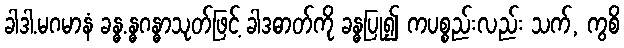
ခါဒါ.မဂမာနံ ခန္ဓ.န္ဓဂန္ဓာသုတ်ဖြင့် ခါဒဓာတ်ကို ခန္ဓပြု၍ ကပစ္စည်းလည်း သက်, ကွစိ